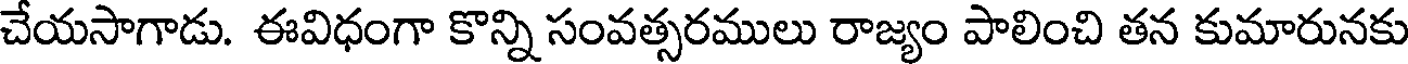
చేయసాగాడు. ఈవిధంగా కొన్ని సంవత్సరములు రాజ్యం పాలించి తన కుమారునకు